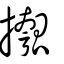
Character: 摦